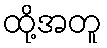
ထို့အတူ